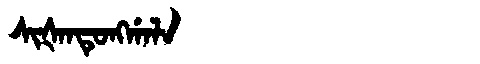
Manchu: ᠰᡳᡧᠠᠨᡨᡠᠩᡤᠠᠯᠠ
Romanization: SIŠANTUNGGALA